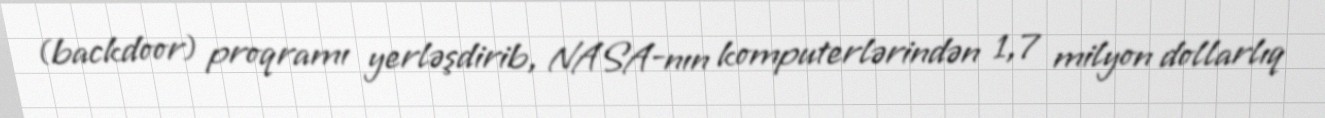
(backdoor) proqramı yerləşdirib, NASA-nın komputerlərindən 1,7 milyon dollarlıq